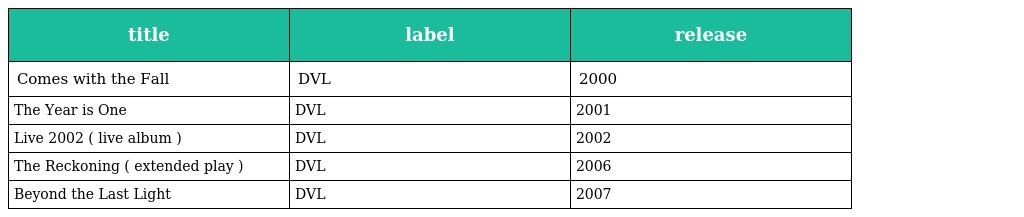
| title | label | release |
 | --- | --- | --- |
 | Comes with the Fall | DVL | 2000 |
 | The Year is One | DVL | 2001 |
 | Live 2002 ( live album ) | DVL | 2002 |
 | The Reckoning ( extended play ) | DVL | 2006 |
 | Beyond the Last Light | DVL | 2007 |